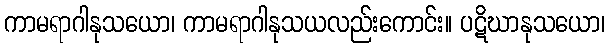
ကာမရာဂါနုသယော၊ ကာမရာဂါနုသယလည်းကောင်း။ ပဋိဃာနုသယော၊